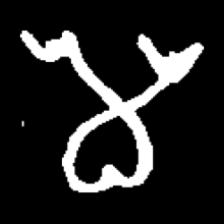
Pyu character \u2014 Myanmar letter: မ (romanized: ma)